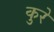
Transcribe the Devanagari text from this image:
कुरे